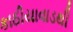
કાઠીયાવાડથી